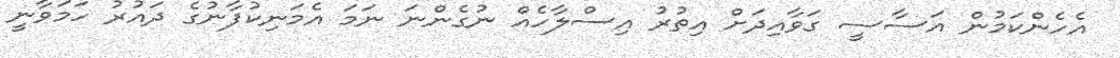
އެހެންކަމުން އަސާސީ ގަވާއިދަށް އިތުރު އިސްލާހެއް ނުގެންނަ ނަމަ އެމަނިކުފާނުގެ ދައުރު ހަމަވާނީ